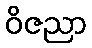
ဝိဇညာ